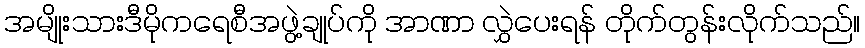
အမျိုးသားဒီမိုကရေစီအဖွဲ့ချုပ်ကို အာဏာ လွှဲပေးရန် တိုက်တွန်းလိုက်သည်။